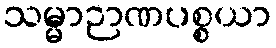
သမ္မာဉာဏပစ္စယာ